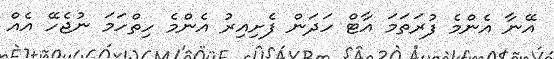
އޭނާ އެންމެ ފުރަތަމަ އާޓް ހަދަން ފެށިއިރު އެންމެ ހިތްހަމަ ނުޖެހޭ އެއް